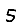
Digit: 5